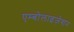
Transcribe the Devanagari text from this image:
एम्बोलाइज़ेशन